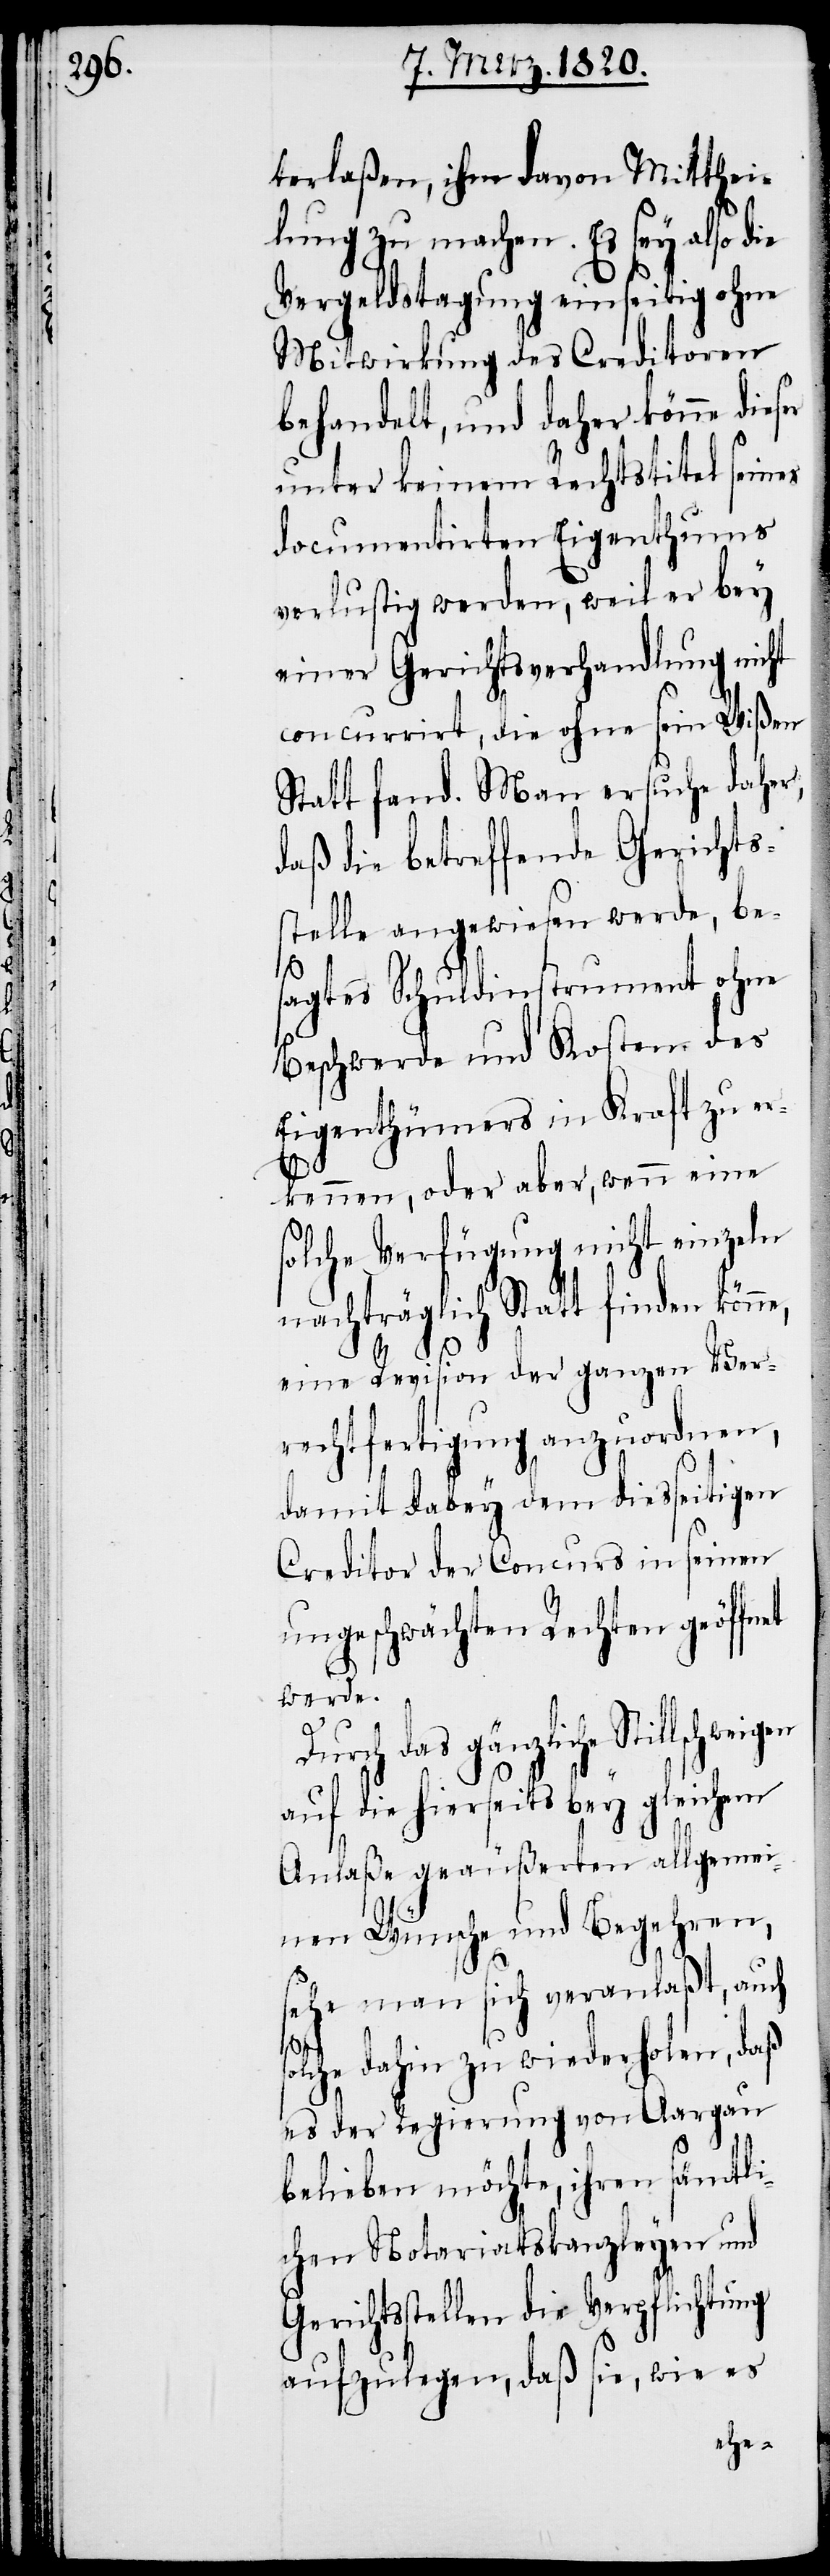
terlaßen, ihm davon Mitthei¬
lung zu machen. Es sey also die
Vergeldstagung einseitig ohne
Mitwirkung des Creditoren
behandelt, und daher könne dies¬
unter keinem Rechtstitel seines
documentirten Eigenthums
verlustig werden, weil er bey
einer Gerichtsverhandlung nicht
concurrirt, die ohne sein Wißen
Statt fand. Man ersuche daher,
daß die betreffende Gerichts¬
stelle angewiesen werde, bes¬
agtes Schuldinstrument ohne
Beschwerde und Kosten des
Eigenthümers in Kraft zu er¬
kennen, oder aber, wenn eine
solche Verfügung nicht einzeln
nachträglich Statt finden könn¬
eine Revision der ganzen Ver¬
rechtfertigung anzuordnen,
damit dabey dem diesseitigen
Creditor der Concurs in seinen
ungeschwächten Rechten geöffnet
werde.
s¬
Durch das gänzliche Stillschw¬
auf die hierseits bey gleichem
Anlaße geäußerten allgemei¬
nen Wünsche und Begehren,
sehe man sich veranlaßt, auch
olche dahin zu wiederholen, daß
es der Regierung von Aargau
belieben möchte, ihren sämtli¬
chen Notariatskanzleyen und
Gerichtsstellen die Verpflichtung
aufzulegen, daß sie, wie es
eigen